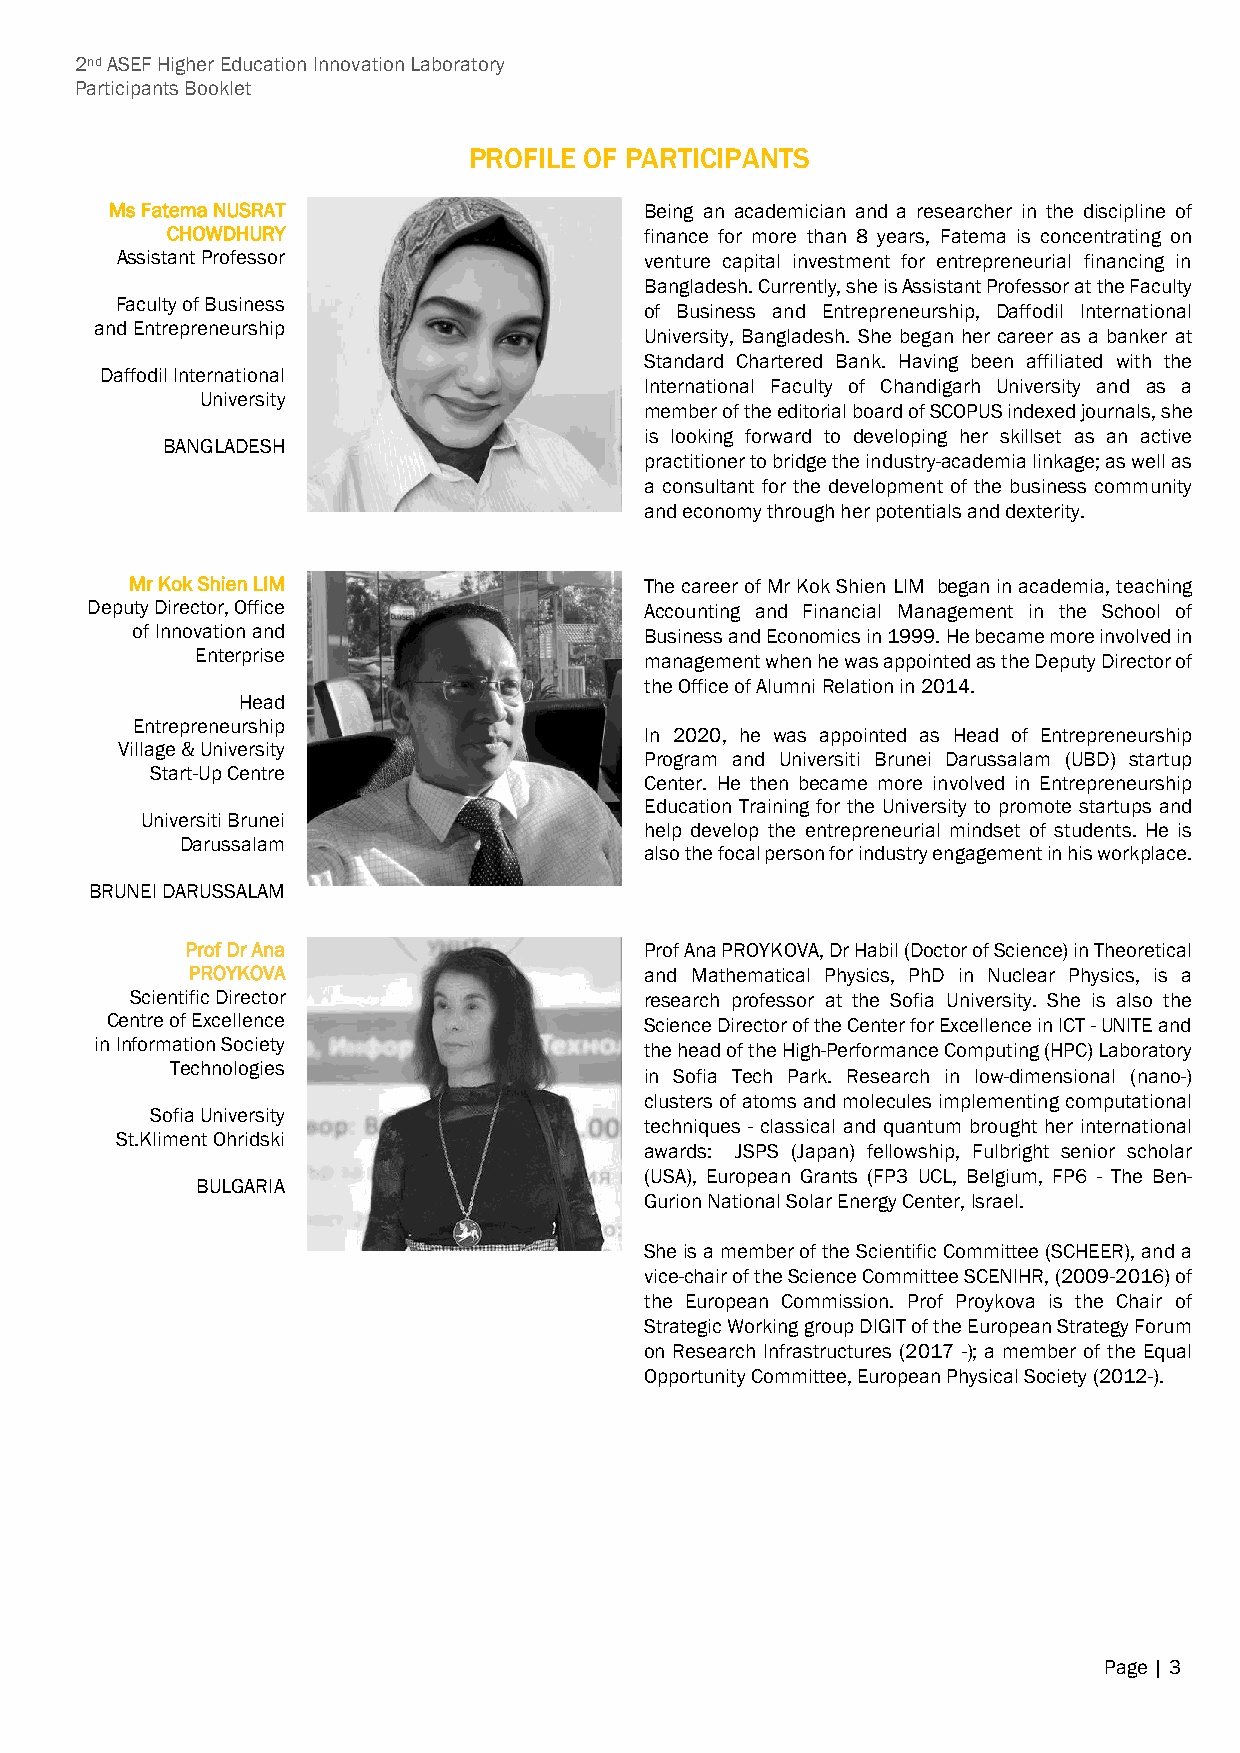
2nd ASEF Higher Education Innovation Laboratory
 Participants Booklet
 PROFILE OF PARTICIPANTS
 Ms Fatema NUSRAT                    Being an academician and a researcher in the discipline of
 CHOWDHURY                       finance for more than 8 years, Fatema is concentrating on
 Assistant Professor                venture capital investment for entrepreneurial financing in
 Bangladesh. Currently, she is Assistant Professor at the Faculty
 Faculty of Business
 of Business and Entrepreneurship, Daffodil International
 and Entrepreneurship
 University, Bangladesh. She began her career as a banker at
 Standard Chartered Bank. Having been affiliated with the
 Daffodil International
 International Faculty of Chandigarh University and as a
 University
 member of the editorial board of SCOPUS indexed journals, she
 is looking forward to developing her skillset as an active
 BANGLADESH
 practitioner to bridge the industry-academia linkage; as well as
 a consultant for the development of the business community
 and economy through her potentials and dexterity.
 Mr Kok Shien LIM                  The career of Mr Kok Shien LIM began in academia, teaching
 Deputy Director, Office              Accounting and Financial Management in the School of
 of Innovation and                 Business and Economics in 1999. He became more involved in
 Enterprise
 management when he was appointed as the Deputy Director of
 the Office of Alumni Relation in 2014.
 Head
 Entrepreneurship
 In 2020, he was appointed as Head of Entrepreneurship
 Village & University
 Program and Universiti Brunei Darussalam (UBD) startup
 Start-Up Centre
 Center. He then became more involved in Entrepreneurship
 Education Training for the University to promote startups and
 Universiti Brunei
 help develop the entrepreneurial mindset of students. He is
 Darussalam
 also the focal person for industry engagement in his workplace.
 BRUNEI DARUSSALAM
 Prof Dr Ana                    Prof Ana PROYKOVA, Dr Habil (Doctor of Science) in Theoretical
 PROYKOVA                       and Mathematical Physics, PhD in Nuclear Physics, is a
 Scientific Director               research professor at the Sofia University. She is also the
 Centre of Excellence                Science Director of the Center for Excellence in ICT - UNITE and
 in Information Society
 the head of the High-Performance Computing (HPC) Laboratory
 Technologies
 in Sofia Tech Park. Research in low-dimensional (nano-)
 clusters of atoms and molecules implementing computational
 Sofia University
 techniques - classical and quantum brought her international
 St.Kliment Ohridski
 awards: JSPS (Japan) fellowship, Fulbright senior scholar
 (USA), European Grants (FP3 UCL, Belgium, FP6 - The Ben-
 BULGARIA
 Gurion National Solar Energy Center, Israel.
 She is a member of the Scientific Committee (SCHEER), and a
 vice-chair of the Science Committee SCENIHR, (2009-2016) of
 the European Commission. Prof Proykova is the Chair of
 Strategic Working group DIGIT of the European Strategy Forum
 on Research Infrastructures (2017 -); a member of the Equal
 Opportunity Committee, European Physical Society (2012-).
 Page | 3